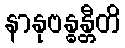
နာနုဗန္ဓန္တီတိ